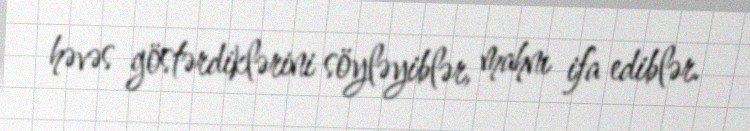
həvəs göstərdiklərini söyləyiblər, mahnı ifa ediblər.